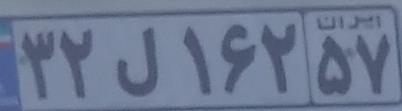
۳۲ل۱۶۲۵۷